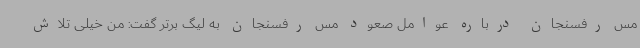
مس رفسنجان درباره عوامل صعود مس رفسنجان به لیگ برتر گفت: من خیلی تلاش